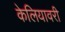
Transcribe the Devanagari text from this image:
केलियावरी